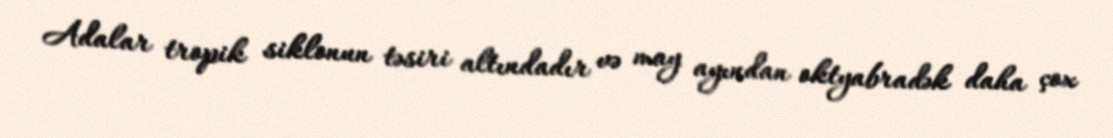
Adalar tropik siklonun təsiri altındadır və may ayından oktyabradək daha çox